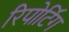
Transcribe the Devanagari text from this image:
रिपोटि॔ंग